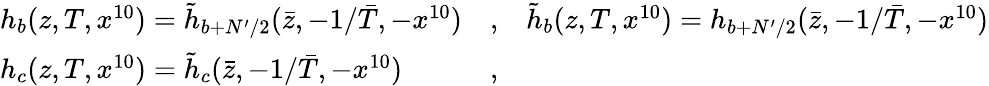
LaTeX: \begin{array}{lll}{{h_{b}(z,T,x^{10})=\tilde{h}_{b+N^{\prime}/2}(\bar{z},-1/\bar{T},-x^{10})}}&{{,}}&{{\tilde{h}_{b}(z,T,x^{10})=h_{b+N^{\prime}/2}(\bar{z},-1/\bar{T},-x^{10})}}\\ {{h_{c}(z,T,x^{10})=\tilde{h}_{c}(\bar{z},-1/\bar{T},-x^{10})}}&{{,}}&{{}}\end{array}